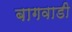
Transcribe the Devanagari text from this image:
बागवाडी